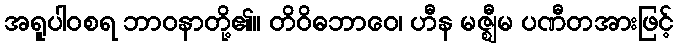
အရူပါဝစရ ဘာဝနာတို့၏။ တိဝိဓဘာဝေ၊ ဟီန မဇ္ဈီမ ပဏီတအားဖြင့်